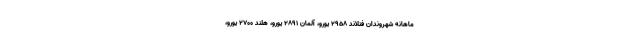
ماهانه شهروندان فنلاند ۲۹۵۸ یورو، آلمان ۲۸۹۱ یورو، هلند ۲۷۰۰ یورو،